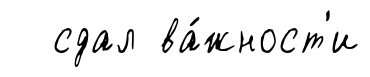
сдал ва́жност'и